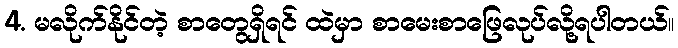
4. မလိုက်နိုင်တဲ့ စာတွေရှိရင် ထဲမှာ စာမေးစာဖြေလုပ်လို့ရပါတယ်။